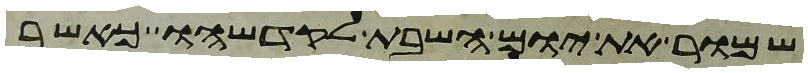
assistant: שמור את יום השבת לקדשהו כאשר